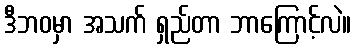
ဒီဘဝမှာ အသက် ရှည်တာ ဘာကြောင့်လဲ။